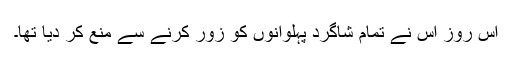
اس روز اس نے تمام شاگرد پہلوانوں کو زور کرنے سے منع کر دیا تھا۔